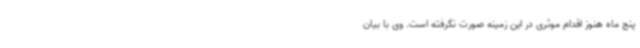
پنج ماه هنوز اقدام موثری در این زمینه صورت نگرفته است. وی با بیان